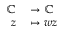
\begin{array} { r l } { \mathbb { C } } & { { } \rightarrow \mathbb { C } } \\ { z } & { { } \mapsto w z } \end{array}